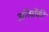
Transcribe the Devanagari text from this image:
आँखोंकी